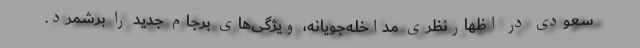
سعودی در اظهارنظری مداخله‌جویانه، ویژگی‌های برجام جدید را برشمرد.